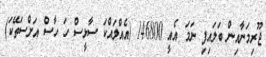
ޖޫރިމަނާއިން ބަލައިފި ނަމަ އެއީ 146800 (އެއްލައްކަ ސާޅީސް ހަ ހާސް އަށްސަތޭކަ)